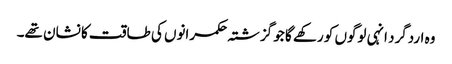
وہ اردگرد انہی لوگوں کو رکھے گا جو گزشتہ حکمرانوں کی طاقت کا نشان تھے۔